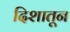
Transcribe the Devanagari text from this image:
दिशातून